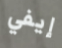
إيفي